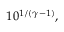
1 0 ^ { 1 / ( \gamma - 1 ) } ,